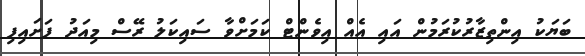
ބަޔަކު އިންތިޒާރުކުރަމުން އައި އެއް އިވެންޓް ކަމަށްވާ ސައިކަލު ރޭސް މިއަދު ފަށައިފި